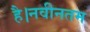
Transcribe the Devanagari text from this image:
है।नवीनतम